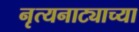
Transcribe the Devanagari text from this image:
नृत्यनाट्याच्या